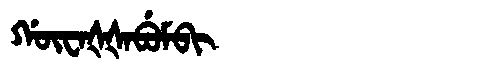
Manchu: ᡤᡡᠸᠠᡧᡧᠠᠪᡠᠮᠪᡳ
Romanization: GŪWAŠŠABUMBI